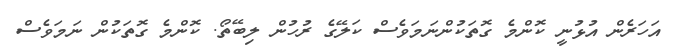
އަހަރެން އުޅުނީ ކޮންމެ ގޮތަކުންނަމަވެސް ކަލޭގެ ރުހުން ލިބޭތޯ. ކޮންމެ ގޮތަކުން ނަމަވެސް